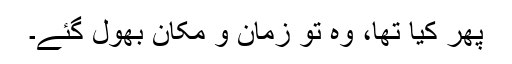
پھر کیا تھا، وہ تو زمانُ و مکان بھول گئے۔